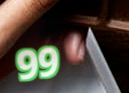
99¢